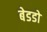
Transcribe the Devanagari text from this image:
बेडडो